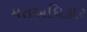
મતઅધિકાર